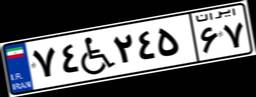
۷۷W۰۸۰۷۴